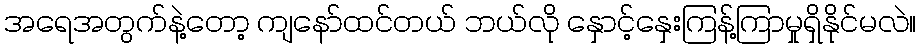
အရေအတွက်နဲ့တော့ ကျနော်ထင်တယ် ဘယ်လို နှောင့်နှေးကြန့်ကြာမှုရှိနိုင်မလဲ။